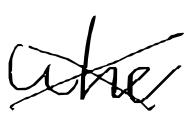
Text: who
Cross-out: cross
Writing tool: digital_black